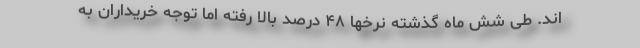
اند. طی شش ماه گذشته نرخها ۴۸ درصد بالا رفته اما توجه خریداران به